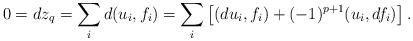
LaTeX: \begin{align*}0 = dz_{q} &= \sum_{i}d(u_{i}, f_{i}) = \sum_{i}\left[ (du_{i}, f_{i}) + (-1)^{p+1}(u_{i}, df_{i}) \right].\end{align*}